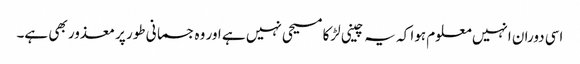
اسی دوران انہیں معلوم ہوا کہ یہ چینی لڑکا مسیحی نہیں ہے اور وہ جسمانی طور پر معذور بھی ہے۔